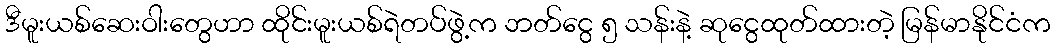
ဒီမူးယစ်ဆေးဝါးတွေဟာ ထိုင်းမူးယစ်ရဲတပ်ဖွဲ့က ဘတ်ငွေ ၅ သန်းနဲ့ ဆုငွေထုတ်ထားတဲ့ မြန်မာနိုင်ငံက